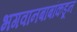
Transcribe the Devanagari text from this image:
भगवानबाबांकडून